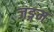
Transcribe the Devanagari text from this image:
जङ्गम